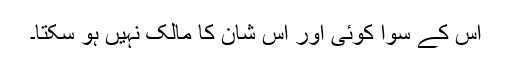
اس کے سوا کوئی اور اس شان کا مالک نہیں ہو سکتا۔